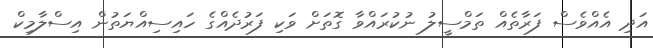
އަދި އެއްވެސް ފަރާތެއް ތަމްސީލު ނުކުރައްވާ ގޮތަށް ވަކި ފަރުދެއްގެ ހައިސިއްޔަތުން އިސްލާމިކް